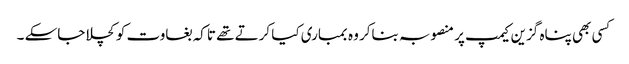
کسی بھی پناہ گزین کیمپ پر منصوبہ بناکر وہ بمباری کیا کرتے تھے تاکہ بغاوت کو کچلا جاسکے ۔